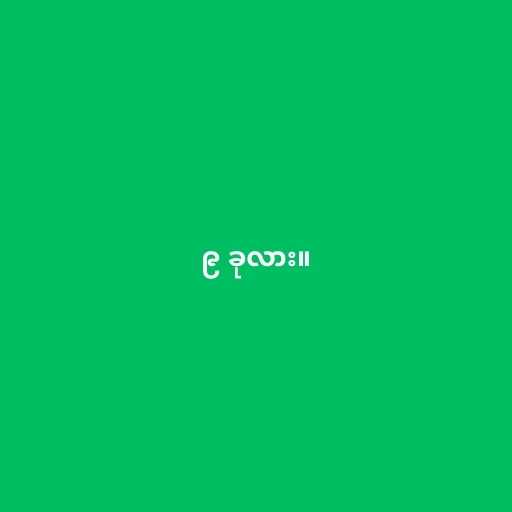
၉ ခုလား။